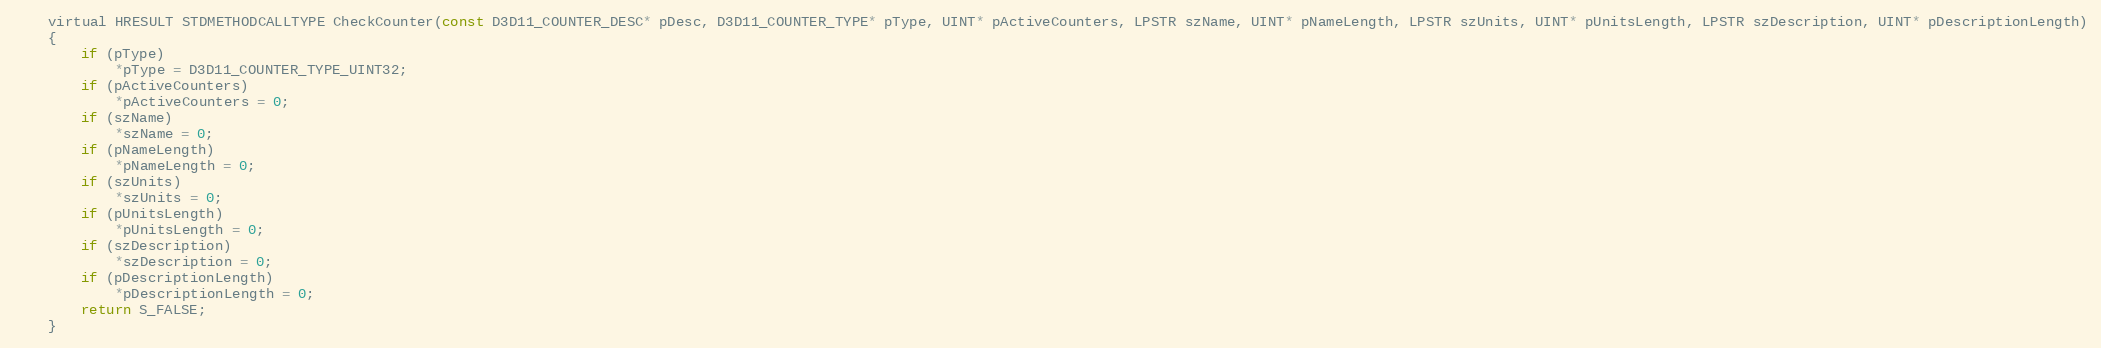
Language: C
	virtual HRESULT STDMETHODCALLTYPE CheckCounter(const D3D11_COUNTER_DESC* pDesc, D3D11_COUNTER_TYPE* pType, UINT* pActiveCounters, LPSTR szName, UINT* pNameLength, LPSTR szUnits, UINT* pUnitsLength, LPSTR szDescription, UINT* pDescriptionLength)
	{
		if (pType)
			*pType = D3D11_COUNTER_TYPE_UINT32;
		if (pActiveCounters)
			*pActiveCounters = 0;
		if (szName)
			*szName = 0;
		if (pNameLength)
			*pNameLength = 0;
		if (szUnits)
			*szUnits = 0;
		if (pUnitsLength)
			*pUnitsLength = 0;
		if (szDescription)
			*szDescription = 0;
		if (pDescriptionLength)
			*pDescriptionLength = 0;
		return S_FALSE;
	}